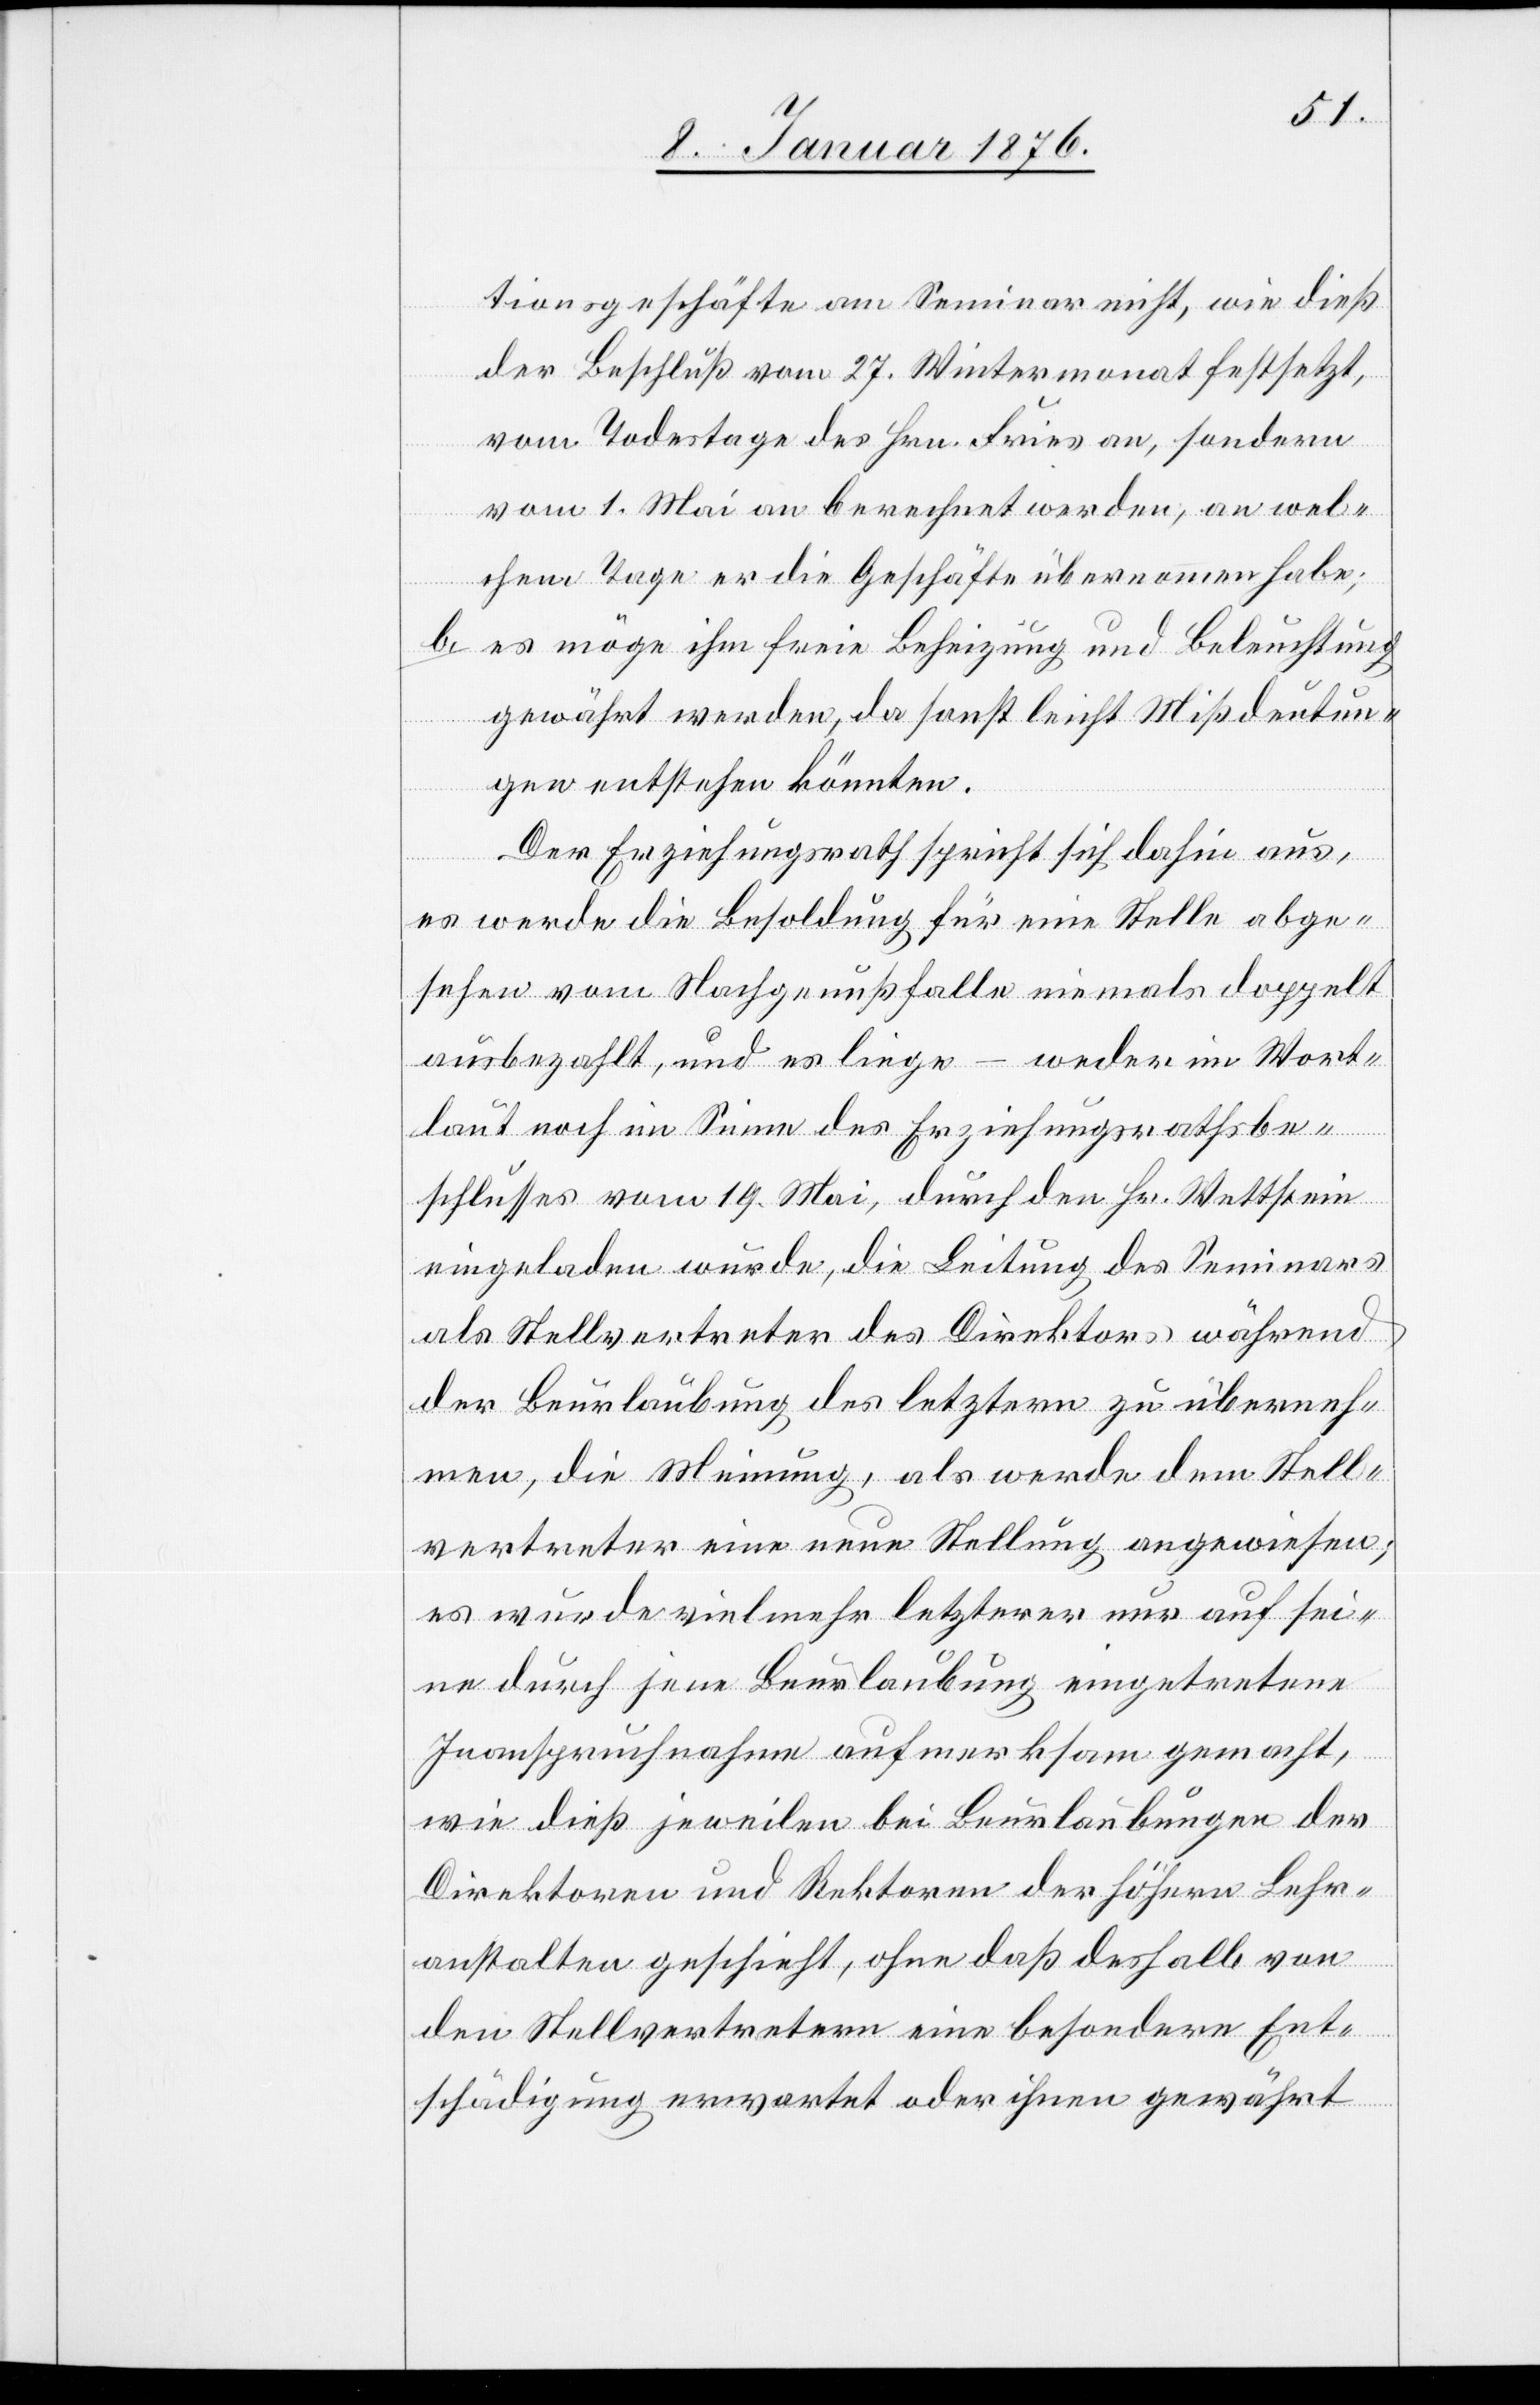
tionsgeschäfte am Seminar nicht, wie dieß
der Beschluß vom 27. Wintermonat festsetzt,
vom Todestage des Hrn. Fries an, sondern
vom 1. Mai an berechnet werden, an wel¬
chem Tage er die Geschäft übernommen habe;
b. es möge ihm freie Beheizung und Beleuchtung
gewährt werden, da sonst leicht Mißdeutun¬
gen entstehen könnten.
Der Erziehungsrath spricht sich dahin aus,
es werde die Besoldung für eine Stelle abge¬
sehen vom Nachgenußfalle niemals doppelt
ausbezahlt, und es liege – weder im Wort¬
laut noch im Sinne des Erziehungsrathsbe¬
schlusses vom 19. Mai, durch den Hr. Wettstein
eingeladen wurde, die Leitung des Seminars
als Stellvertreter des Direktors während
der Beurlaubung des letztern zu überneh¬
men, die Meinung, als werde dem Stell¬
vertreter eine neue Stellung angewiesen;
es wurde vielmehr letzterer nur auf sei¬
ne durch jene Beurlaubung eingetretene
Inanspruchnahme aufmerksam gemacht,
wie dieß jeweilen bei Beurlaubungen der
Direktion und Rektoren der höhern Lehr¬
anstalten geschieht, ohne daß deshalb von
den Stellvertretern eine besondere Ent¬
schädigung erwartet oder ihnen gewährt